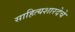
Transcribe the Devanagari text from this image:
साहित्यशारदेचे